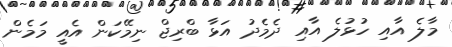
މާލެ އާއި ހުޅުލެ އާއި ދެމެދު އަޅާ ބްރިޖް ނިމޭކަން އެއީ މަމެން